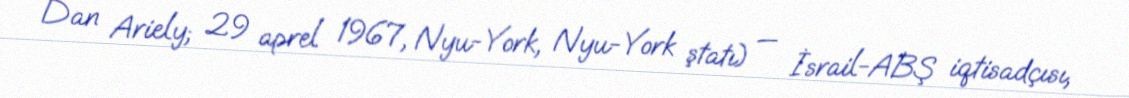
Dan Ariely; 29 aprel 1967, Nyu-York, Nyu-York ştatı) — İsrail-ABŞ iqtisadçısı,